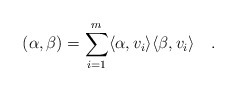
\begin{align*} (\alpha,\beta)=\sum_{i=1}^m \langle \alpha, v_i\rangle\langle \beta,v_i\rangle\quad.\end{align*}